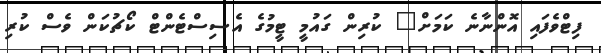
ފިޓްވެފައި އޮންނާނެ ކަމަށް" ކުރިން ގައުމީ ޓީމުގެ އެސިސްޓެންޓް ކޯޗުކަން ވެސް ކުރި